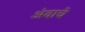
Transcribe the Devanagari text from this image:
अंदाचे